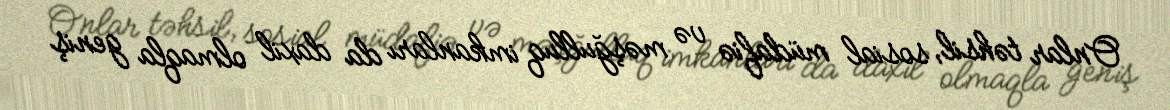
Onlar təhsil, sosial müdafiə və məşğulluq imkanları da daxil olmaqla geniş